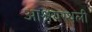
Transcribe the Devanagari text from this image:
आश्रयस्थली